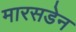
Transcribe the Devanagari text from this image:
मारसडेन